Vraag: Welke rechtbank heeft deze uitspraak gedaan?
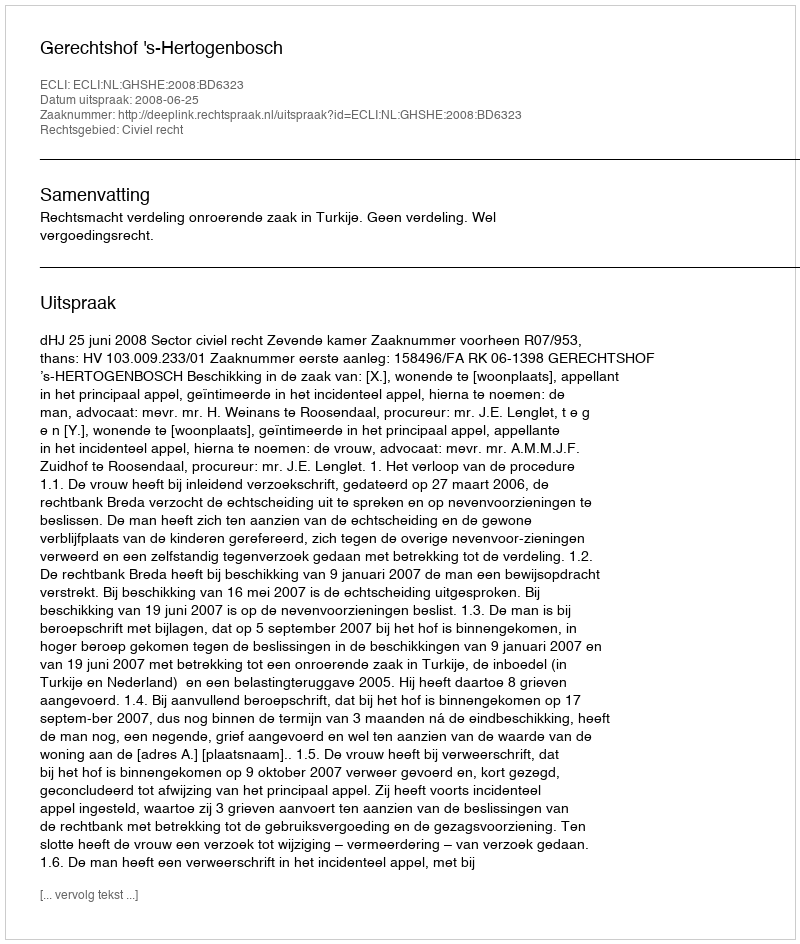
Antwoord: Gerechtshof 's-Hertogenbosch